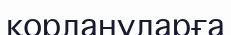
қорлануларға